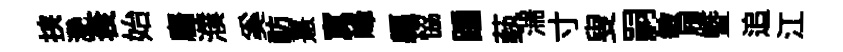
挟灧衮始麕濮奚祊憙寞峰軀恊踵蓺湍寸叟嗣敏履暨追江